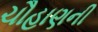
ચૌહાણની